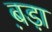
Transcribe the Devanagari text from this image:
ब़ड़ा